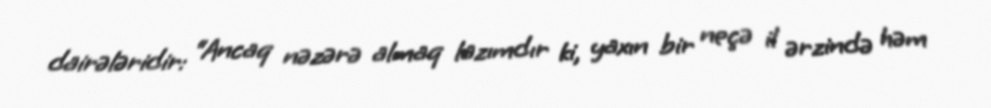
dairələridir: “Ancaq nəzərə almaq lazımdır ki, yaxın bir neçə il ərzində həm